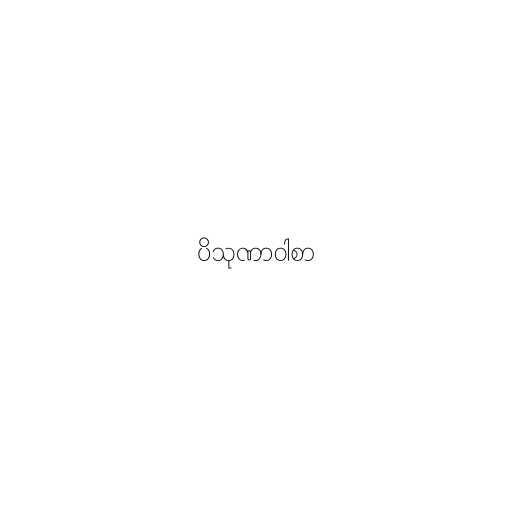
ပိသုဏာဝါစာ